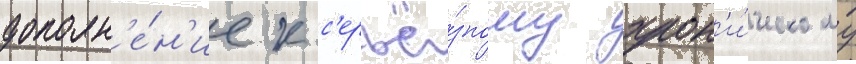
дополн'е́н'ие к с'ерьё́зному хрон'и́ческому